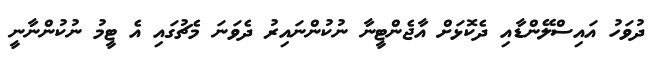
ދުވަހު އައިސްލޭންޑާއި ދެކޮޅަށް އާޖެންޓީނާ ނުކުންނައިރު ދެވަނަ މެޗުގައި އެ ޓީމު ނުކުންނާނީ